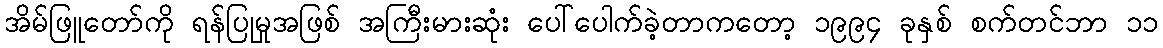
အိမ်ဖြူတော်ကို ရန်ပြုမှုအဖြစ် အကြီးမားဆုံး ပေါ်ပေါက်ခဲ့တာကတော့ ၁၉၉၄ ခုနှစ် စက်တင်ဘာ ၁၁